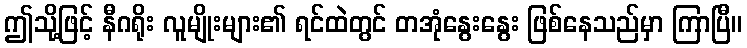
ဤသို့ဖြင့် နီဂရိုး လူမျိုးများ၏ ရင်ထဲတွင် တအုံနွေးနွေး ဖြစ်နေသည်မှာ ကြာပြီ။